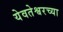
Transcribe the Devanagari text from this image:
येवतेश्वरच्या